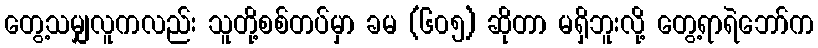
တွေ့သမျှလူကလည်း သူတို့စစ်တပ်မှာ ခမ (၆၀၅) ဆိုတာ မရှိဘူးလို့ တွေ့ရာရဲဘော်က